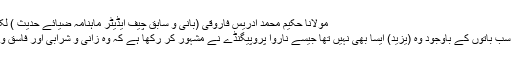
مولانا حکیم محمد ادریس فاروقی (بانی و سابق چیف ایڈیٹر ماہنامہ ضیائے حدیث ) لکھتے ہیں:
" مگر ان سب باتوں کے باوجود وہ (یزید) ایسا بھی نہیں تھا جیسے ناروا پروپیگنڈے نے مشہور کر رکھا ہے کہ وہ زانی و شرابی اور فاسق و فاجر تھا۔